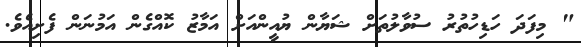
" މިފަދަ ހަޑިހުތުރު ސުވާލުތަށް ޝަޔާން ޔުއީންއަށް އަމާޒު ކޮއްގެން އަމުނަން ފެށިއެވެ.